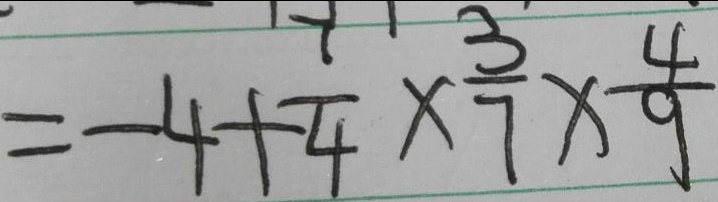
= - 4 + \frac { 7 } { 4 } \times \frac { 3 } { 7 } \times \frac { 4 } { 9 }